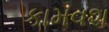
કામવશ